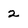
Character: 2